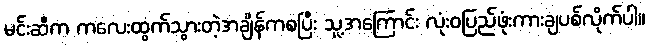
မင်းဆီက ကလေးထွက်သွားတဲ့အချိန်ကစပြီး သူ့အကြောင်း လုံးဝပြည်ဖုံးကားချပစ်လိုက်ပါ။